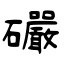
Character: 礹